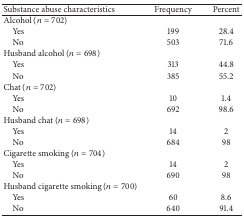
<table><thead><tr><td><b>Substance abuse characteristics</b></td><td><b>Frequency</b></td><td><b>Percent</b></td></tr></thead><tbody><tr><td>Alcohol (<i>n</i> = 702)</td><td> </td><td> </td></tr><tr><td>Yes</td><td>199</td><td>28.4</td></tr><tr><td>No</td><td>503</td><td>71.6</td></tr><tr><td>Husband alcohol (<i>n</i> = 698)</td><td> </td><td> </td></tr><tr><td> Yes</td><td>313</td><td>44.8</td></tr><tr><td> No</td><td>385</td><td>55.2</td></tr><tr><td>Chat (<i>n</i> = 702)</td><td> </td><td> </td></tr><tr><td> Yes</td><td>10</td><td>1.4</td></tr><tr><td> No</td><td>692</td><td>98.6</td></tr><tr><td>Husband chat (<i>n</i> = 698)</td><td> </td><td> </td></tr><tr><td> Yes</td><td>14</td><td>2</td></tr><tr><td> No</td><td>684</td><td>98</td></tr><tr><td>Cigarette smoking (<i>n</i> = 704)</td><td> </td><td> </td></tr><tr><td> Yes</td><td>14</td><td>2</td></tr><tr><td> No</td><td>690</td><td>98</td></tr><tr><td>Husband cigarette smoking (<i>n</i> = 700)</td><td> </td><td> </td></tr><tr><td> Yes</td><td>60</td><td>8.6</td></tr><tr><td> No</td><td>640</td><td>91.4</td></tr></tbody></table>